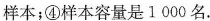
样本；④样本容量是1000名。